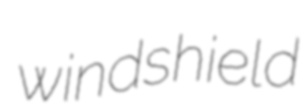
windshield